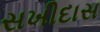
સખીદાસ